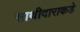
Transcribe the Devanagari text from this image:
साथीदाराकडे